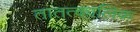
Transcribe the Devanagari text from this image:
तातत्कालिक